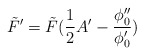
\begin{align*}\tilde{F}'=\tilde{F} (\frac{1}{2} A' -\frac{\phi_0''}{\phi_0'})\end{align*}